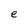
Character: e